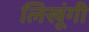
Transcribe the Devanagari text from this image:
लिखूंगी